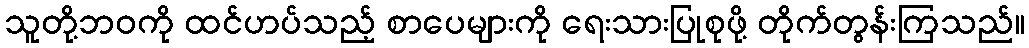
သူတို့ဘဝကို ထင်ဟပ်သည့် စာပေများကို ရေးသားပြုစုဖို့ တိုက်တွန်းကြသည်။